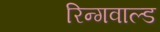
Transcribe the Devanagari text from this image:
रिन्गवाल्ड